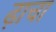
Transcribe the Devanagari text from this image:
ढ़ाचा